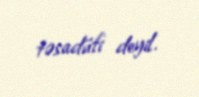
təsadüfi deyil.